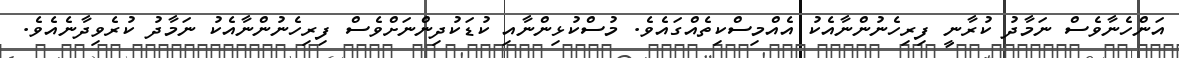
އަންހެނާވެސް ނަމާދު ކުރާނީ ފިރިހެނުންނާއެކު އެއްމިސްކިތެއްގައެވެ. މުސްކުޅިންނާއި ކުޑަކުދިންނަށްވެސް ފިރިހެނުންނާއެކު ނަމާދު ކުރެވިދާނެއެވެ.